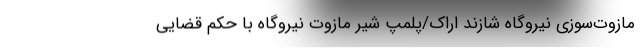
مازوت‌سوزی نیروگاه شازند اراک/پلمپِ شیر مازوت نیروگاه با حکم قضایی